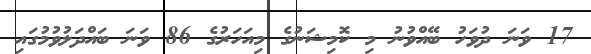
17 ވަނަ ދުވަހު ބޭއްވުނު މި ކޮމިޝަނުގެ މިއަހަރުގެ 86 ވަނަ ބައްދަލުވުމުގައި